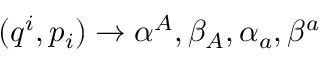
( q ^ { i } , p _ { i } ) \rightarrow \alpha ^ { A } , \beta _ { A } , \alpha _ { a } , \beta ^ { a }